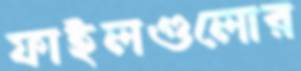
ফাইলগুলোর